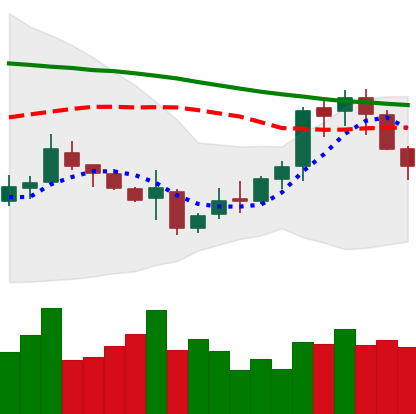
Ticker: XMR-USD
Chart end date: 2018-11-09
Forward return: -15.094%
Label: down_7plus